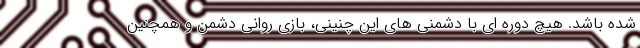
شده باشد. هیچ دوره ای با دشمنی های این چنینی، بازی روانی دشمن و همچنین